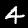
Digit: 4